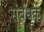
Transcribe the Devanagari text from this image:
संबंधकें